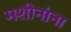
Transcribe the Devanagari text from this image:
मशीनांना